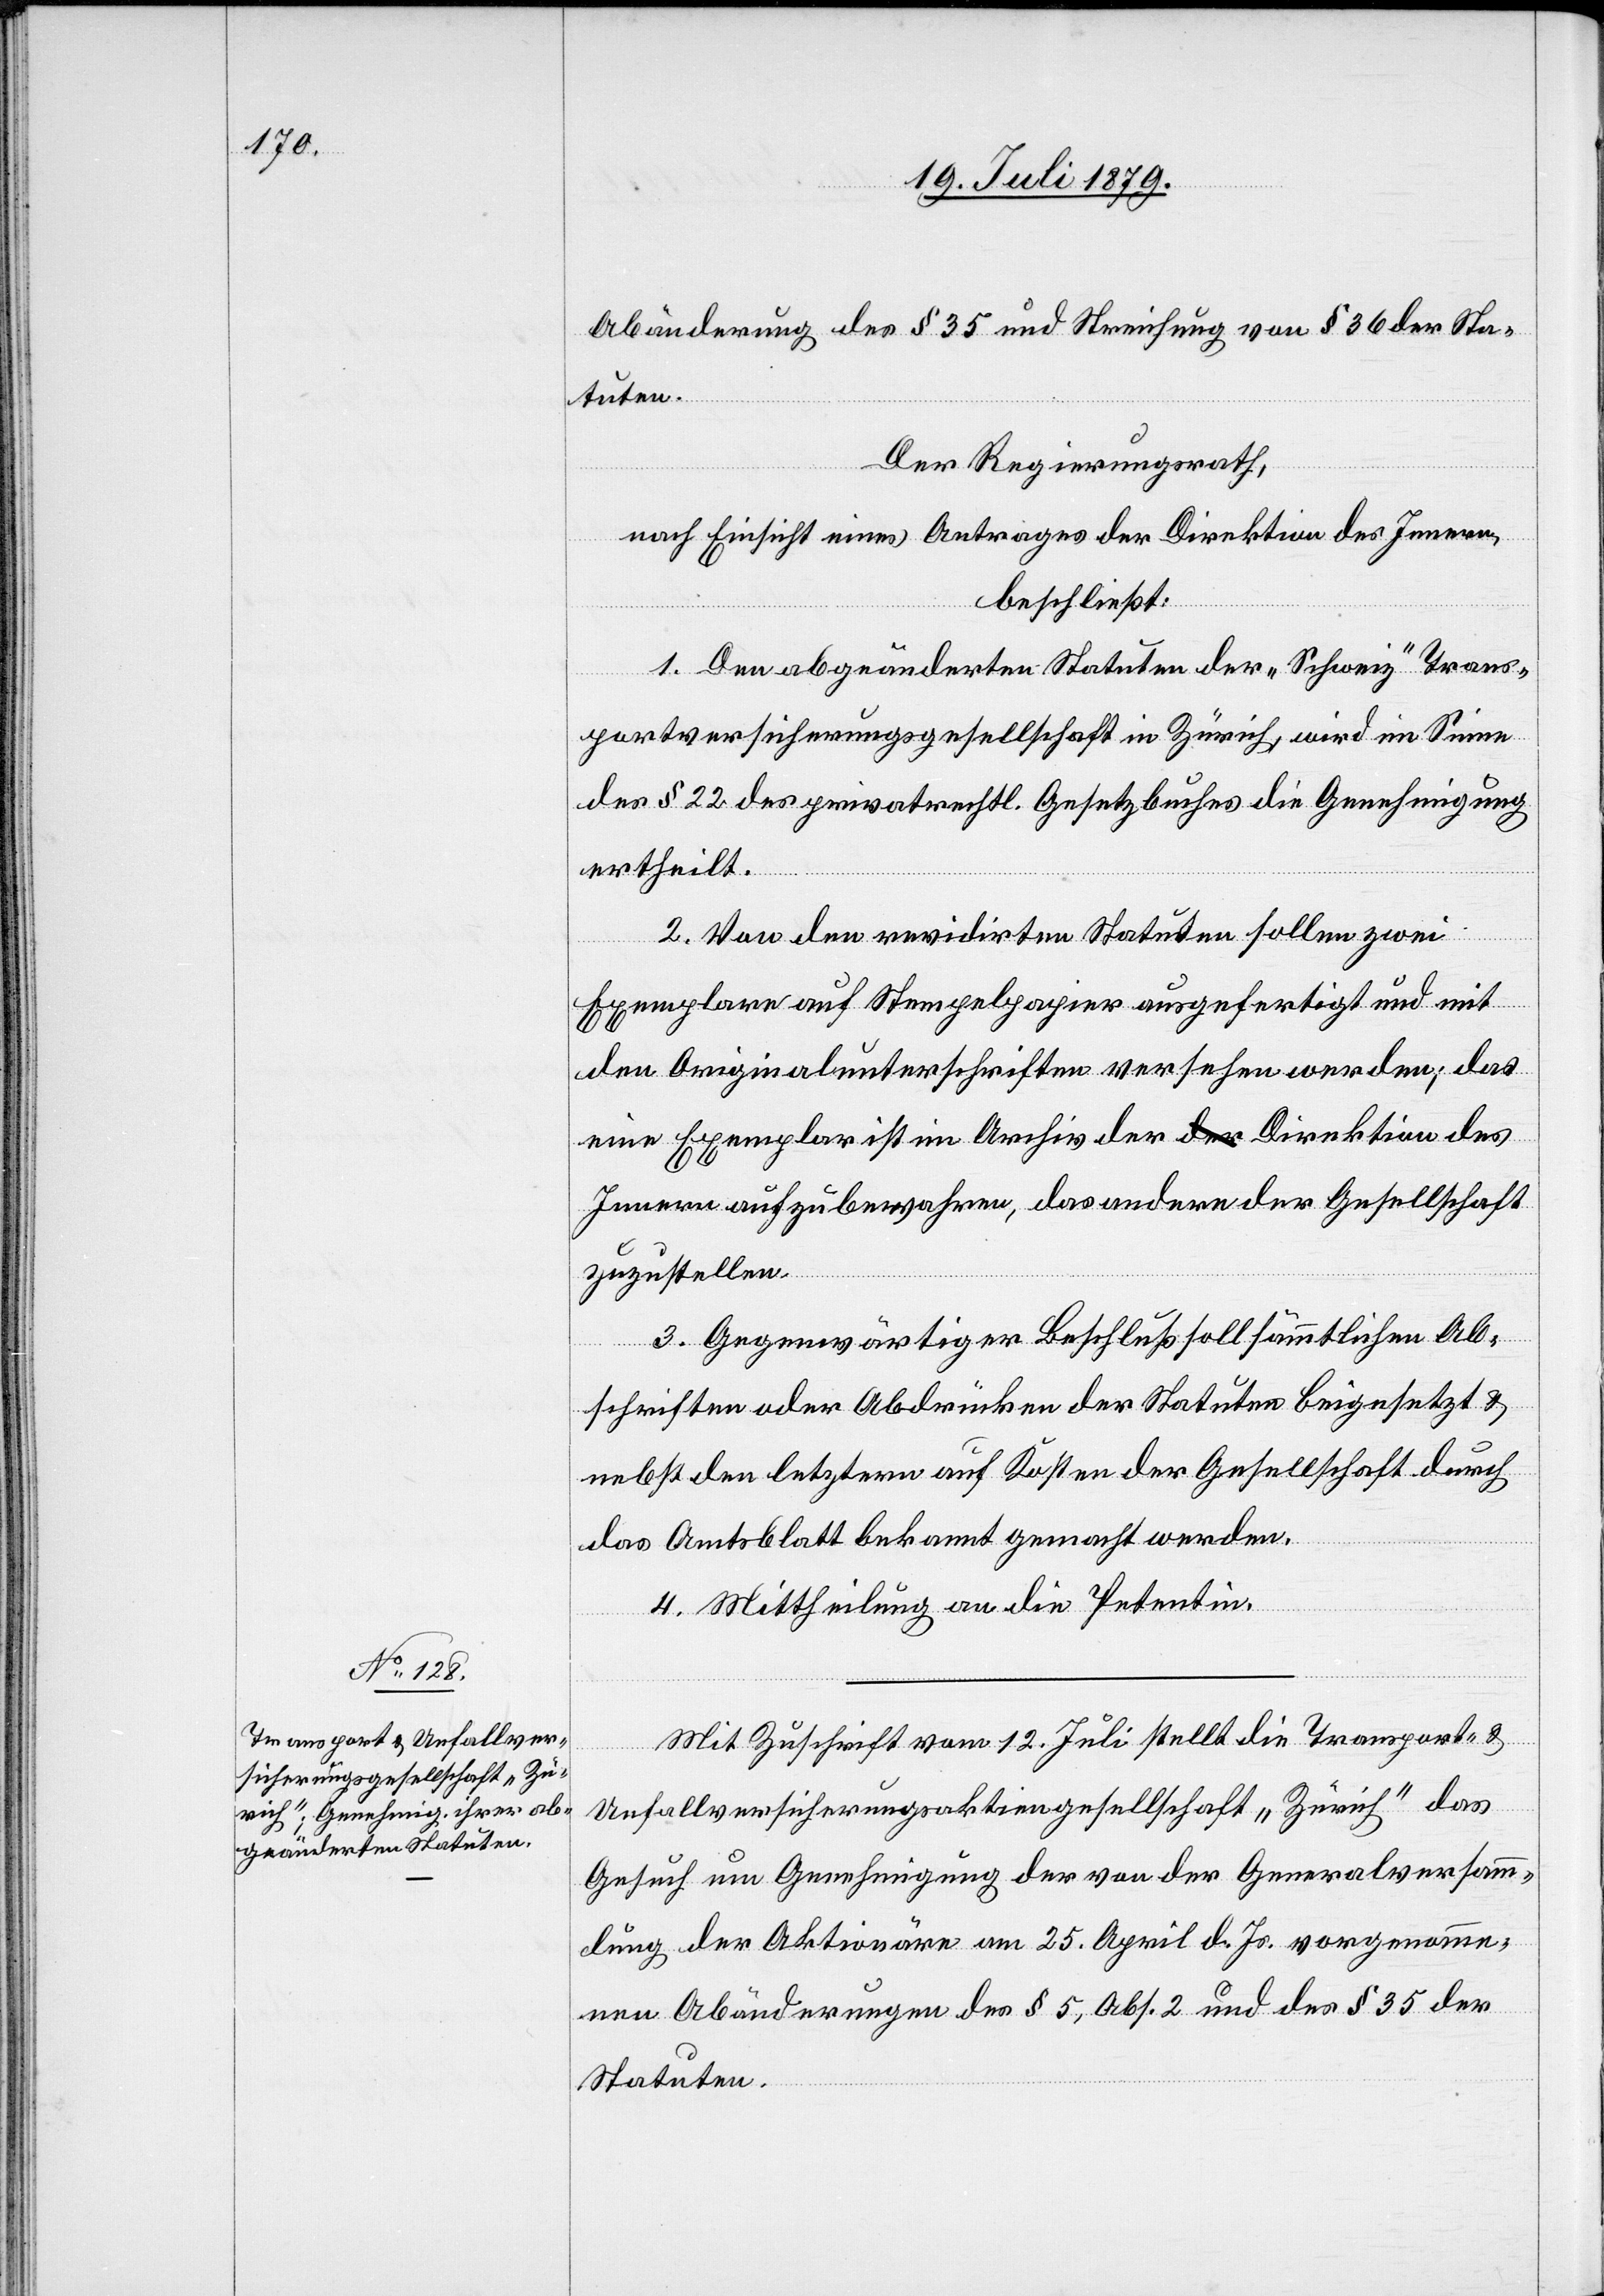
Abänderung des § 35 und Streichung von § 36 der Sta¬
tuten.
Der Regierungsrath,
nach Einsicht eines Antrages der Direktion des Innern,
beschließt:
1. Den abgeänderten Statuten der „Schweiz“ Trans¬
portversicherungsgesellschaft in Zürich, wird im Sinne
des § 22 des privatrechtl. Gesetzbuches die Genehmigung
ertheilt.
2. Von den revidirten Statuten sollen zwei
Exemplare auf Stempelpapier ausgefertigt und mit
den Originalunterschriften versehen werden; das
eine Exemplar ist im Archiv der Direktion des
Innern aufzubewahren, das andere der Gesellschaft
zuzustellen.
3. Gegenwärtiger Beschluß soll sämmtlichen Ab¬
schriften oder Abdrücken der Statuten beigesetzt &
nebst den letztern auf Kosten der Gesellschaft durch
das Amtsblatt bekannt gemacht werden.
4. Mittheilung an die Petentin.
Mit Zuschrift vom 12. Juli stellt die Transport- &
Unfallversicherungsaktiengesellschaft „Zürich“ das
Gesuch um Genehmigung der von der Generalversamm¬
lung der Aktionäre am 25. April d. Js. vorgenomme¬
nen Abänderungen des § 5, Abs. 2 und des § 35 der
Statuten.